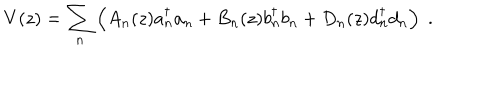
V ( z ) = { \sum _ { n } } \left( A _ { n } ( z ) a { _ n ^ { \dagger } } a _ { n } + B _ { n } ( z ) b { _ n ^ { \dagger } } b _ { n } + D _ { n } ( z ) d { _ n ^ { \dagger } } d _ { n } \right) \; .